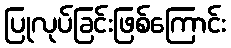
ပြုလုပ်ခြင်းဖြစ်ကြောင်း